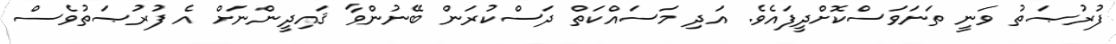
ފުރުޞަތު ވަނީ ތަނަވަސްކޮށްދީފައެވެ. އަދި މަސައްކަތް ދަސްކުރަން ބޭނުންވާ ޤައިދީންނަށް އެ ފުރުޞަތުވެސް